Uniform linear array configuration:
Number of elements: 4
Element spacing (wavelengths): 0.25
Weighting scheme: uniform
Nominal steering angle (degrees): -45
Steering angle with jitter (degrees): -46.366
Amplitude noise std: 0.05
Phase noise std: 0.05

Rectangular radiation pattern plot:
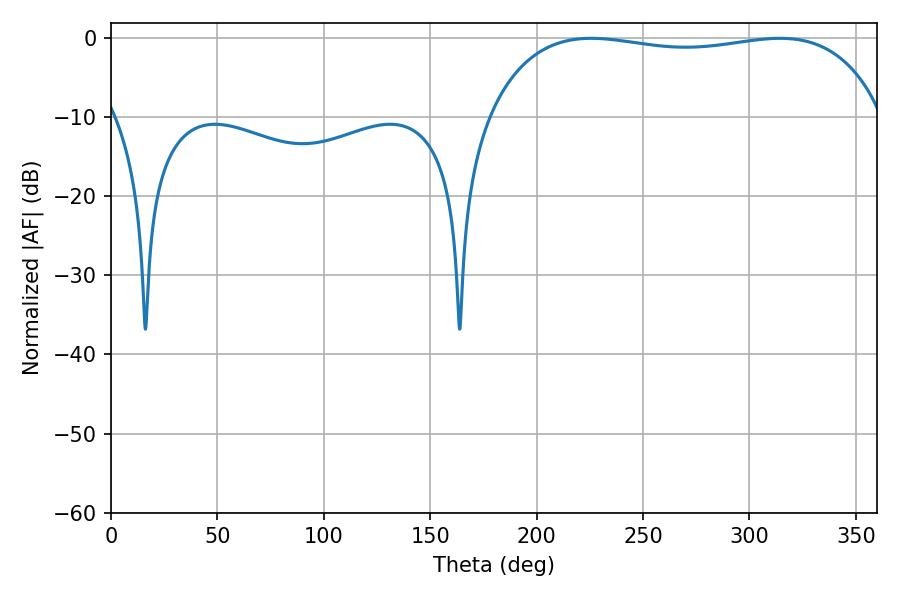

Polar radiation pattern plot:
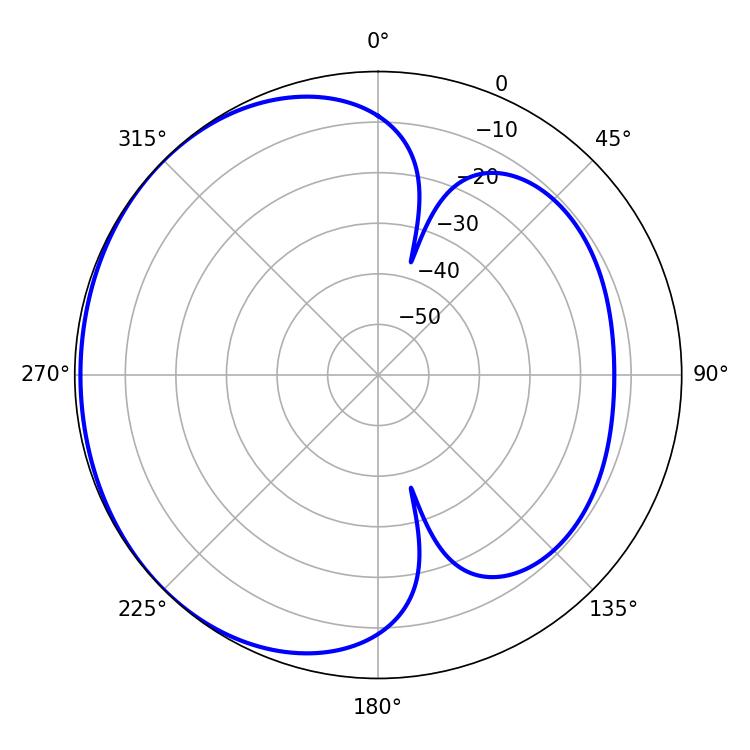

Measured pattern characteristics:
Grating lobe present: FALSE
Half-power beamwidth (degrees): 149.76
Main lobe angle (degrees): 225.54